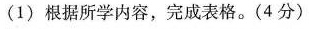
(1)根据所学内容，完成表格。(4分)